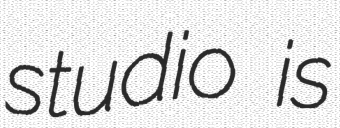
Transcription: studio is